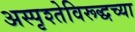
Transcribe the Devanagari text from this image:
अस्पृश्तेविरूद्धच्या